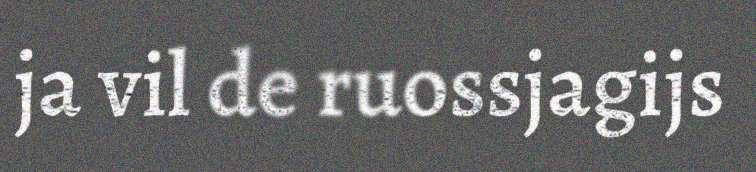
ja vil de ruossjagijs